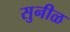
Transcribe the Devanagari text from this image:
सुनीळ